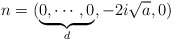
\begin{align*}n=(\underbrace{0,\cdots ,0}_{d},-2i\sqrt{a},0)\end{align*}